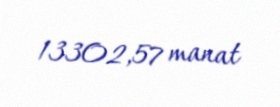
13302,57 manat